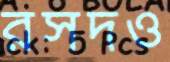
রসদও